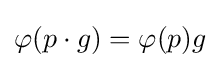
\varphi (p\cdot g)=\varphi (p)g